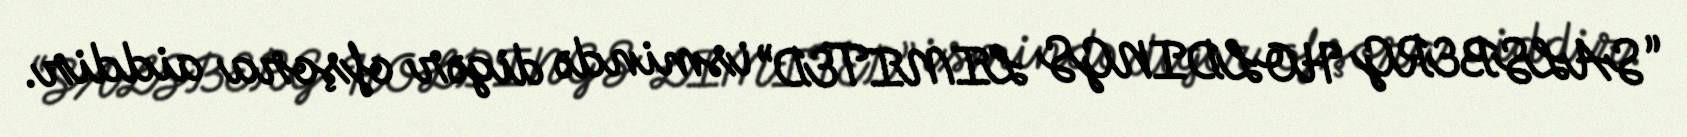
“SALSBERG HOLDINGS LIMITED” ismində digər ofşora aiddir.